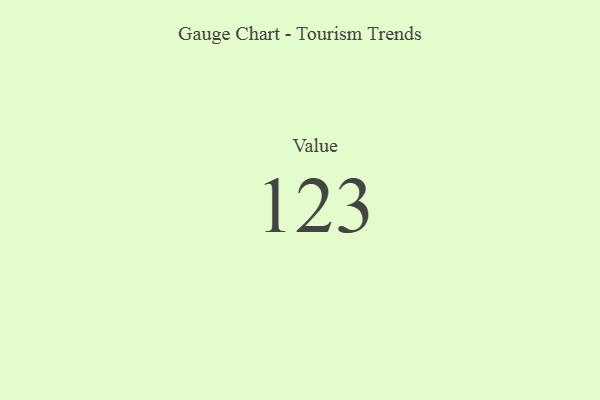
{"axis": {"x": "Metric", "y": "Value"}, "legend": [""], "data": [{"x": "Value", "y": 123, "type": ""}]}